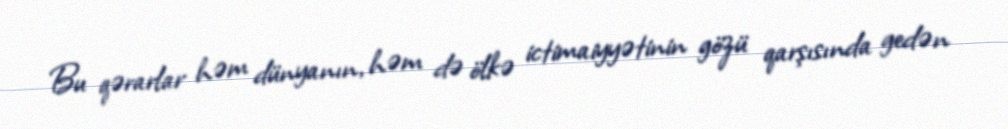
Bu qərarlar həm dünyanın, həm də ölkə ictimaiyyətinin gözü qarşısında gedən